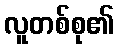
လူတစ်စု၏